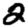
Digit: 2